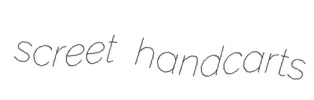
screet handcarts